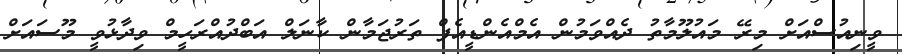
ވީނިއުސްއަށް މިރޭ މައުލޫމާތު ދެއްވަމުން އެމްއެންޑީއެފް ތަރުޖަމާން ކާނަލް އަބްދުއްރަހީމް ވިދާޅުވީ މޫސައަށް